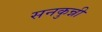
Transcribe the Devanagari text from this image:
सनकुन्नी